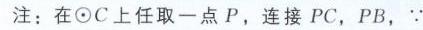
注：在\(\odot C\)上任取一点 \(P\)，连接 \(PC\)，\(PB\)，\(\because\)